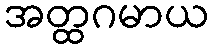
အတ္ထဂမာယ